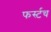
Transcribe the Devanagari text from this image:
फर्स्टच